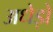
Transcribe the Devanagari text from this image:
अधेड़ों